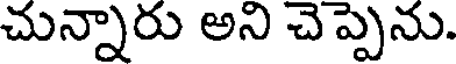
చున్నారు అని చెప్పెను.